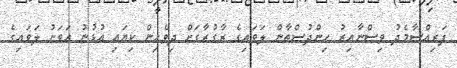
ފަރިއްސާމެދު ވިސްނާއިރު ހިންދުސްތާން ލަވައިގެ ރާގުރާގަށް ދިވެހިން ކިޔައި އުޅުނު އަވަށު ލަވައިގެ